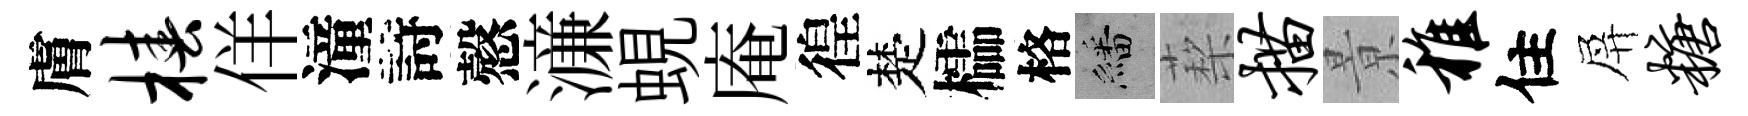
膚椿佯潼詩慤濓蜆庵徨楚櫺格繙蔾描㬌稚住屏糖